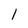
Character: l